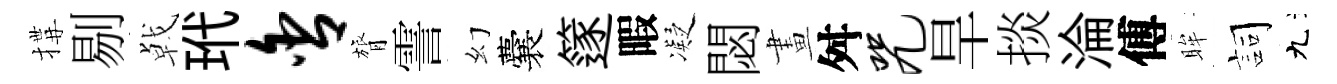
搆剔㦸玳舍膂霅幻囊篴暇凝閟畫舛咒旱掞淪傅眸詞九